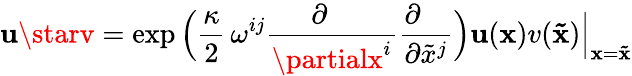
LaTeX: \mathbf{u}\starv=\exp\Big({\frac{{\kappa}}{{2}}}\, \omega^{ij}{\frac{{\partial\phantom{x^{i}}}}{{\partialx^{i}}}}{\frac{{\partial\phantom{x^{j}}}}{{\partial{\tilde{{x}}}^{j}}}}\Big)\mathbf{u}({\mathbf{x}})v({\mathbf{{\tilde{{x}}}}})\Big\vert_{{\mathbf{x}}={\mathbf{{\tilde{{x}}}}}}